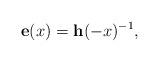
LaTeX: \begin{align*}\mathbf{e}(x)=\mathbf{h}(-x)^{-1},\end{align*}